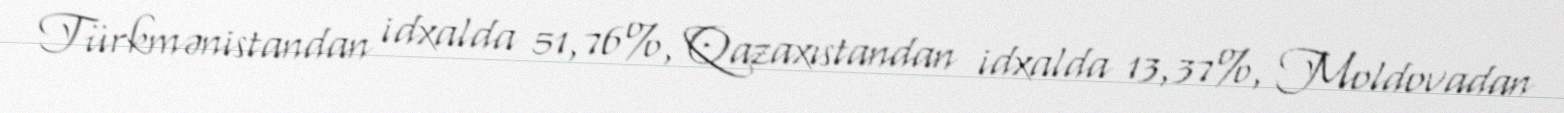
Türkmənistandan idxalda 51,76%, Qazaxıstandan idxalda 13,37%, Moldovadan